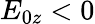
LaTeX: E_{0z}<0